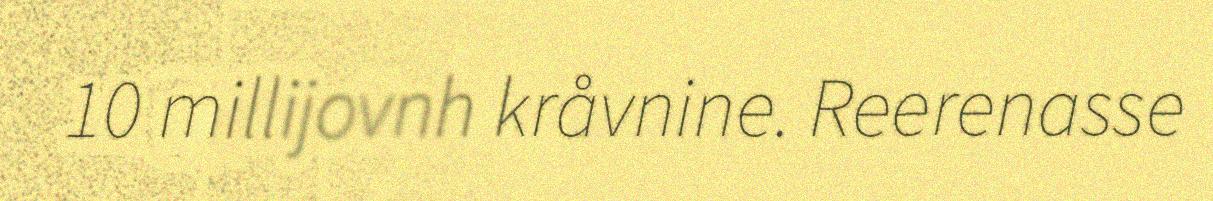
10 millijovnh kråvnine. Reerenasse